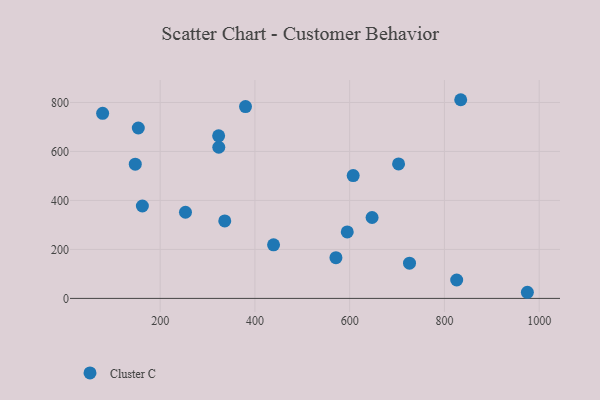
{"axis": {"x": "Investment", "y": "Profit"}, "legend": ["Cluster C"], "data": [{"x": "336.3", "y": 316.4, "type": "Cluster C"}, {"x": "253.4", "y": 351.8, "type": "Cluster C"}, {"x": "703.2", "y": 548.9, "type": "Cluster C"}, {"x": "162.4", "y": 377.2, "type": "Cluster C"}, {"x": "78.5", "y": 755.6, "type": "Cluster C"}, {"x": "571.0", "y": 166.1, "type": "Cluster C"}, {"x": "323.7", "y": 617.1, "type": "Cluster C"}, {"x": "323.4", "y": 663.7, "type": "Cluster C"}, {"x": "607.4", "y": 501.3, "type": "Cluster C"}, {"x": "439.3", "y": 218.7, "type": "Cluster C"}, {"x": "594.9", "y": 271.4, "type": "Cluster C"}, {"x": "825.9", "y": 75.2, "type": "Cluster C"}, {"x": "647.3", "y": 330.4, "type": "Cluster C"}, {"x": "834.4", "y": 811.2, "type": "Cluster C"}, {"x": "147.4", "y": 548.2, "type": "Cluster C"}, {"x": "975.1", "y": 25.0, "type": "Cluster C"}, {"x": "380.1", "y": 783.3, "type": "Cluster C"}, {"x": "153.8", "y": 695.7, "type": "Cluster C"}, {"x": "726.3", "y": 144.0, "type": "Cluster C"}]}